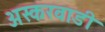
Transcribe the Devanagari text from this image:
अस्करवाडी